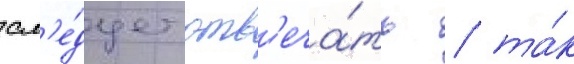
сл'е́дует отв'еча́ть / та́к